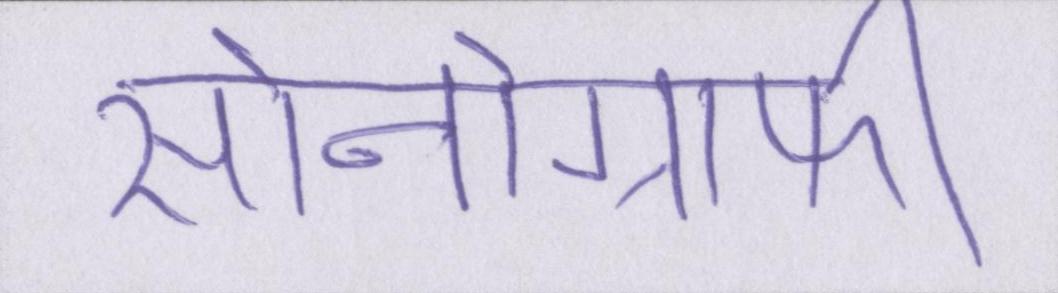
सोनोग्राफी